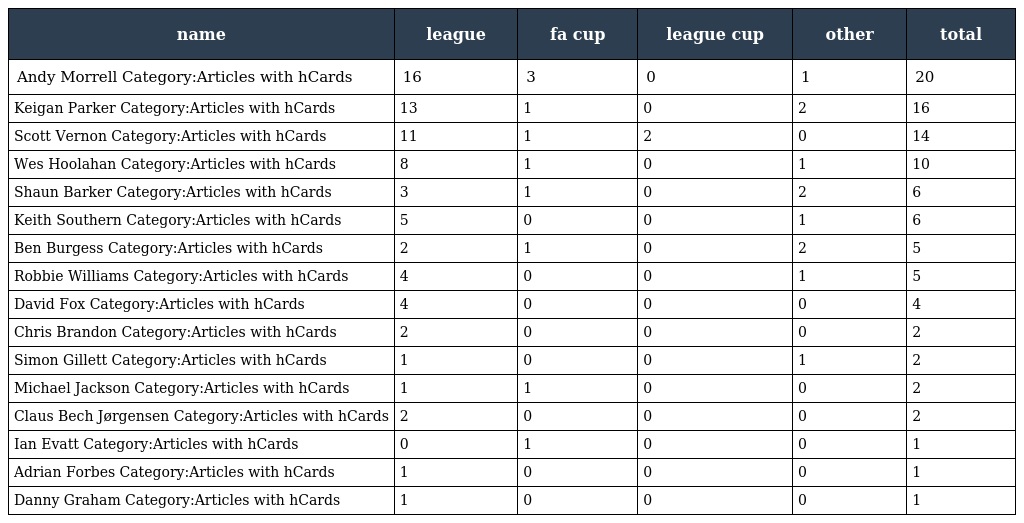
| name | league | fa cup | league cup | other | total |
 | --- | --- | --- | --- | --- | --- |
 | Andy Morrell Category:Articles with hCards | 16 | 3 | 0 | 1 | 20 |
 | Keigan Parker Category:Articles with hCards | 13 | 1 | 0 | 2 | 16 |
 | Scott Vernon Category:Articles with hCards | 11 | 1 | 2 | 0 | 14 |
 | Wes Hoolahan Category:Articles with hCards | 8 | 1 | 0 | 1 | 10 |
 | Shaun Barker Category:Articles with hCards | 3 | 1 | 0 | 2 | 6 |
 | Keith Southern Category:Articles with hCards | 5 | 0 | 0 | 1 | 6 |
 | Ben Burgess Category:Articles with hCards | 2 | 1 | 0 | 2 | 5 |
 | Robbie Williams Category:Articles with hCards | 4 | 0 | 0 | 1 | 5 |
 | David Fox Category:Articles with hCards | 4 | 0 | 0 | 0 | 4 |
 | Chris Brandon Category:Articles with hCards | 2 | 0 | 0 | 0 | 2 |
 | Simon Gillett Category:Articles with hCards | 1 | 0 | 0 | 1 | 2 |
 | Michael Jackson Category:Articles with hCards | 1 | 1 | 0 | 0 | 2 |
 | Claus Bech Jørgensen Category:Articles with hCards | 2 | 0 | 0 | 0 | 2 |
 | Ian Evatt Category:Articles with hCards | 0 | 1 | 0 | 0 | 1 |
 | Adrian Forbes Category:Articles with hCards | 1 | 0 | 0 | 0 | 1 |
 | Danny Graham Category:Articles with hCards | 1 | 0 | 0 | 0 | 1 |